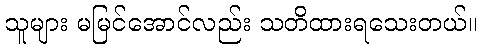
သူများ မမြင်အောင်လည်း သတိထားရသေးတယ်။